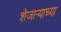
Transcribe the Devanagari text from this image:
शेजाऱ्याच्या